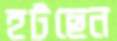
হটছেন